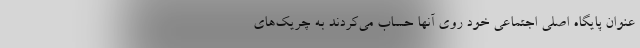
عنوان پایگاه اصلی اجتماعی خود روی آنها حساب می‌کردند به چریک‌های